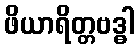
ဖိယာရိတ္တဗဒ္ဓါ